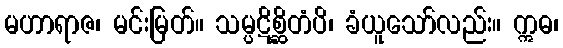
မဟာရာဇ၊ မင်းမြတ်။ သမ္ပဋိစ္ဆိတံပိ၊ ခံယူသော်လည်း။ ဣဓ၊